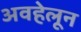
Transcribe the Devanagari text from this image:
अवहेलून